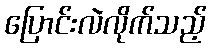
ပြောင်းလဲလိုက်သည့်